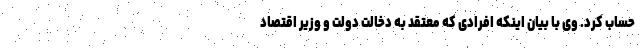
حساب کرد. وی با بیان اینکه افرادی که معتقد به دخالت دولت و وزیر اقتصاد